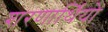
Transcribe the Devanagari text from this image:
शरणार्थियो